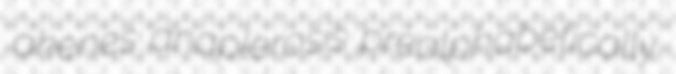
akenes anaplerosis prealphabetically